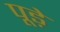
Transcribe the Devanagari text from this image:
पूड़े